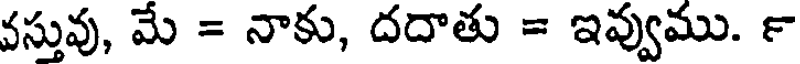
వస్తువు, మే = నాకు, దదాతు = ఇవ్వుము. ౯